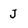
Character: J